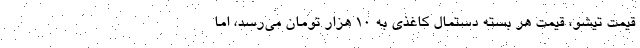
قیمت تیشو، قیمت هر بسته دستمال کاغذی به ۱۰ هزار تومان می‌رسد، اما